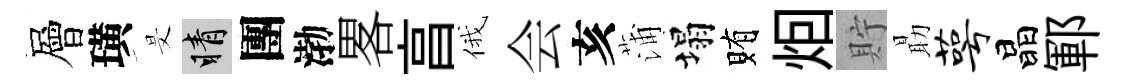
層璜旻睛團渤畧亯俄会亥蒲塌賄𤇆貯朂萼晶鄆